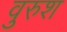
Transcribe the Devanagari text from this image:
वुरुश